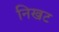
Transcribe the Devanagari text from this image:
निखट